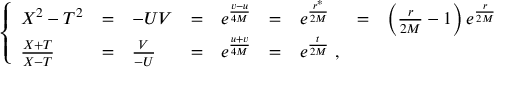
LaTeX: \left\{ \begin{array} { l l l l l l l l l } { { X ^ { 2 } - T ^ { 2 } } } & { { = } } & { { - U V } } & { { = } } & { { e ^ { { \frac { v - u } { 4 M } } } } } & { { = } } & { { e ^ { { \frac { r ^ { * } } { 2 M } } } } } & { { = } } & { { \left( { \frac { r } { 2 M } } - 1 \right) e ^ { { \frac { r } { 2 M } } } \nonumber } } \\ { { \frac { X + T } { X - T } } } & { { = } } & { { \frac { V } { - U } } } & { { = } } & { { e ^ { { \frac { u + v } { 4 M } } } } } & { { = } } & { { e ^ { { \frac { t } { 2 M } } } \; , } } & { { } } & { { } } \end{array} \right.